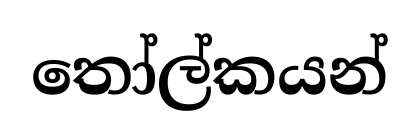
තෝල්කයන්